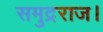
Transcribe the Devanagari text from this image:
समुद्रराज।